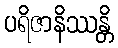
ပရိဇာနိဿန္တိ